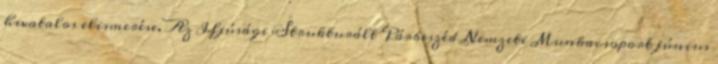
hivatalos elismerése. Az Ifjúsági Strukturált Párbeszéd Nemzeti Munkacsoport június